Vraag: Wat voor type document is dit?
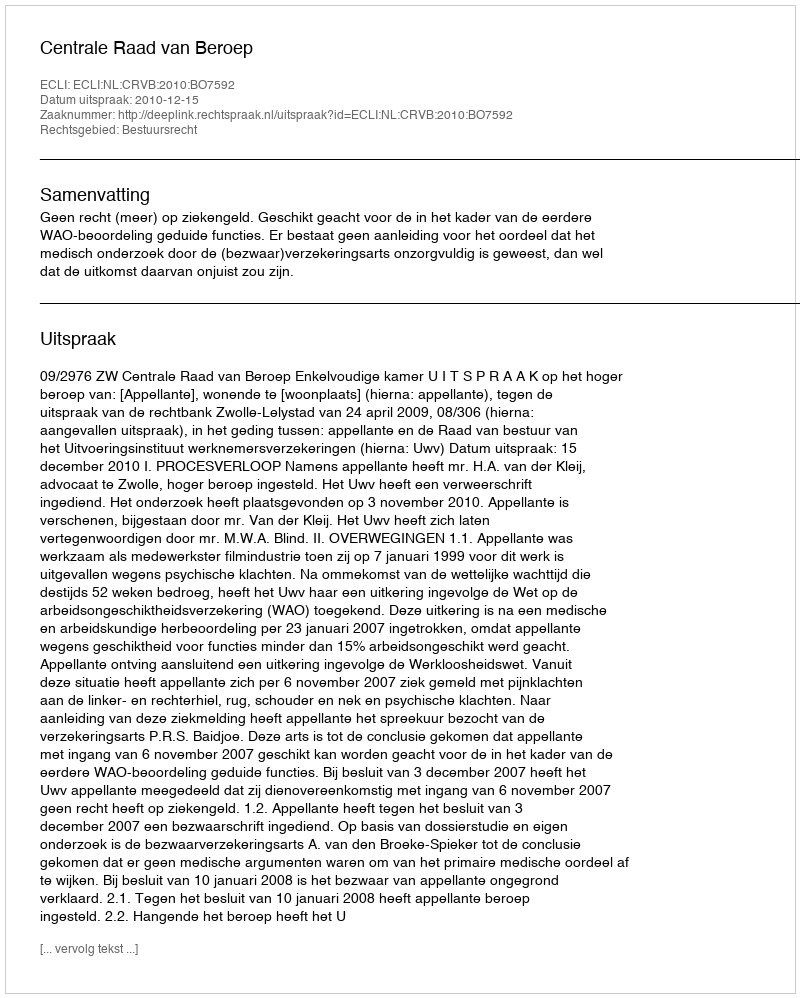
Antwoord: Uitspraak